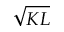
\sqrt { K L }